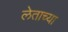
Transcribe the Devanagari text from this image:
लेताच्या